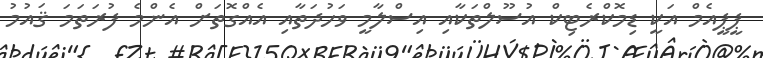
ޕީޕީއެމް އަކީ ޑިމޮކްރެޓިކް އުސޫލްތަކާއި އިސްލާމީ ވަހުދަތާއި އެއްގޮތަށް އެންމެ ފުރަތަމަ ޤައުމު